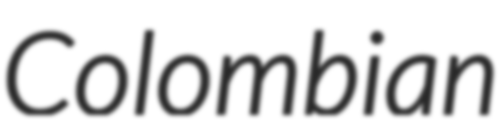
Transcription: Colombian